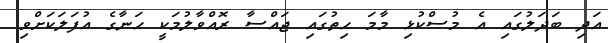
އަދި ބަދަލުގައި އެ މުސްކުޅި މާމަ ހިތުގައި ޖައްސާ ރޮއްވާލުމަކީ ހަނާގެ އުފަލަކަށްވި